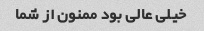
خیلی عالی بود ممنون از شما